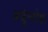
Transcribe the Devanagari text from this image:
अर्जुनापेक्षा